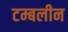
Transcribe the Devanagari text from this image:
टम्बलीन